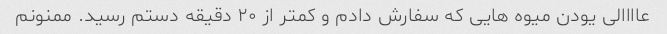
عاااالی یودن میوه هایی که سفارش دادم و کمتر از ۲۰ دقیقه دستم رسید. ممنونم